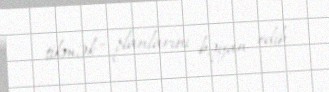
tikmək" planlarını bəyan edib.